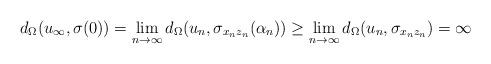
LaTeX: \begin{align*}d_{\Omega}(u_\infty, \sigma(0)) = \lim_{n \rightarrow \infty} d_{\Omega}(u_n, \sigma_{x_nz_n}(\alpha_n)) \geq \lim_{n \rightarrow \infty} d_{\Omega}(u_n, \sigma_{x_nz_n})=\infty\end{align*}